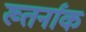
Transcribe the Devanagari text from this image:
ख्तर्नाक